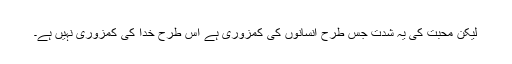
لیکن محبت کی یہ شدت جس طرح انسانوں کی کمزوری ہے اس طرح خدا کی کمزوری نہیں ہے۔